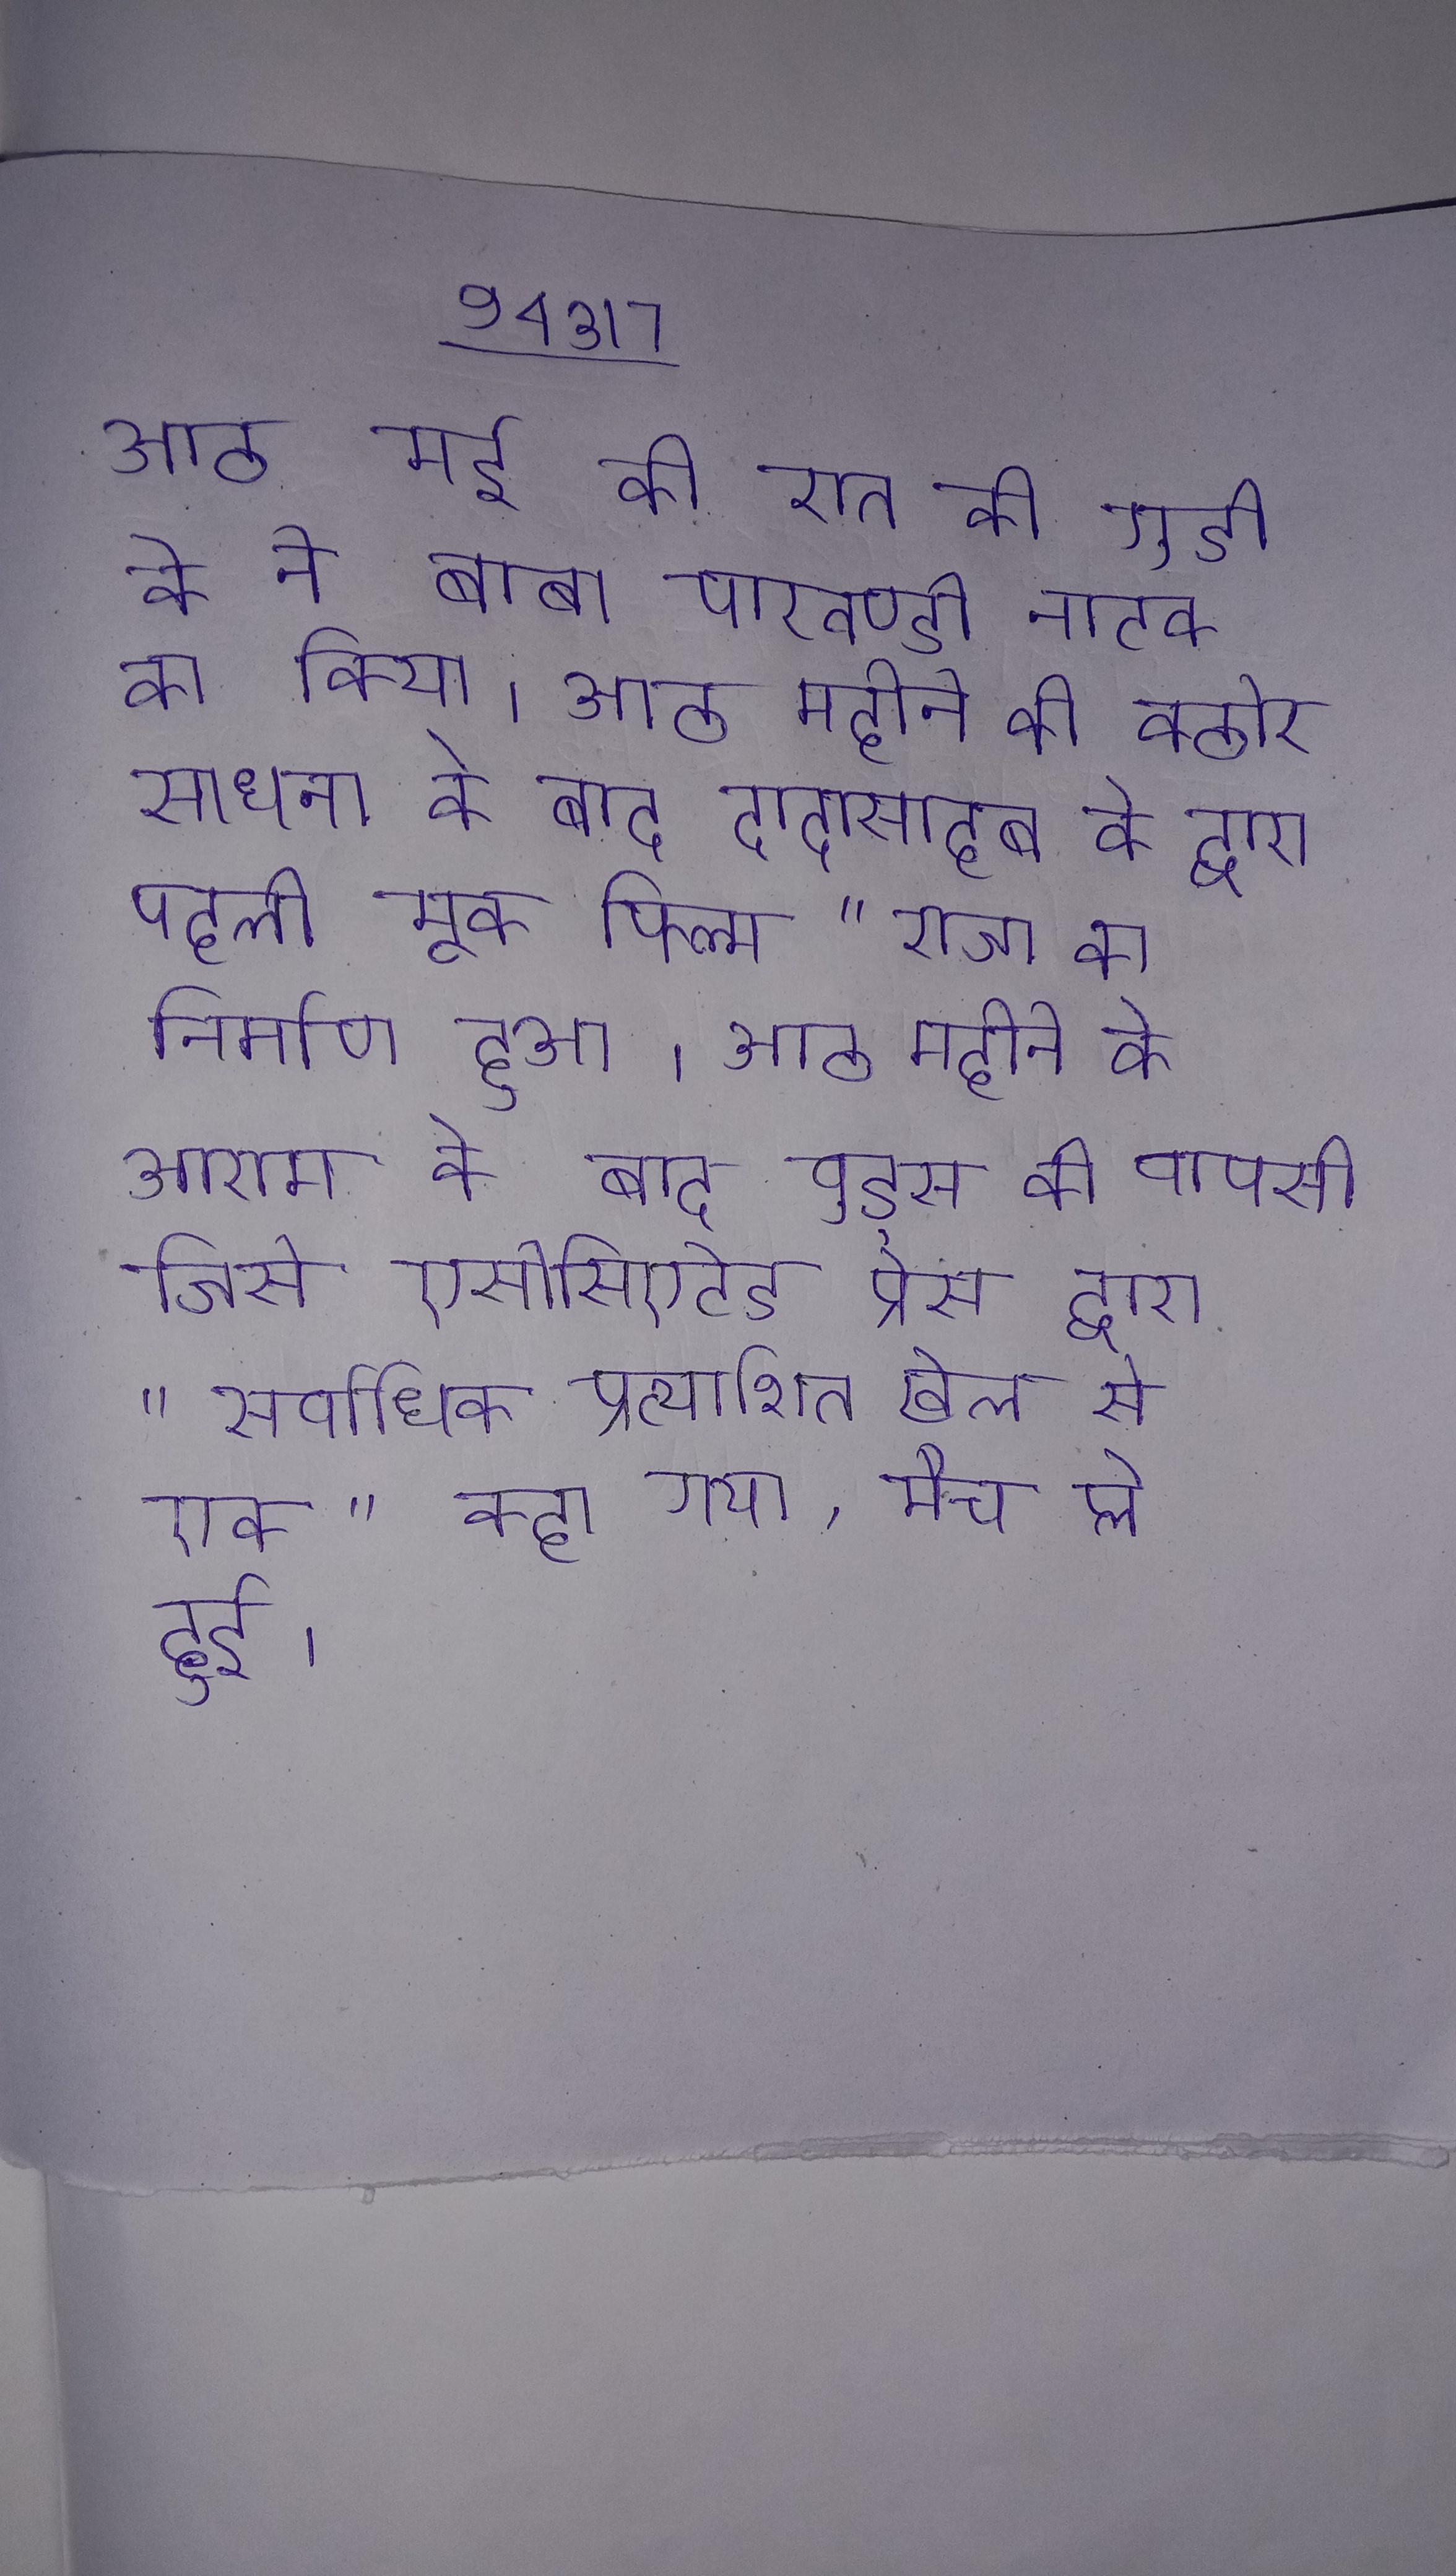
आठ मई की रात की गुडी के ने बाबा पाखण्डी नाटक का किया । आठ महीने की कठोर साधना के बाद दादासाहब के द्वारा पहली मूक फिल्म "राजा का निर्माण हुआ । आठ महीने के आराम के बाद वुड्स की वापसी जिसे एसोसिएटेड प्रेस द्वारा "सर्वाधिक प्रत्याशित खेल से एक" कहा गया, मैच प्ले हुई ।